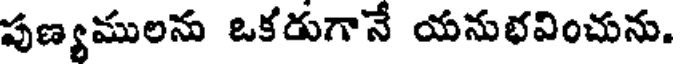
పుణ్యములను ఒకడుగానే యనుభవించును.